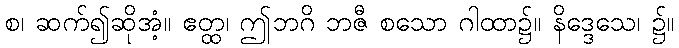
စ၊ ဆက်၍ဆိုအံ့။ ဧတ္ထ၊ ဤဘဂိ ဘဇီ စသော ဂါထာ၌။ နိဒ္ဒေသေ၊ ၌။